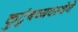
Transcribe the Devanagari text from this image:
कुटुंबव्यवस्थेने